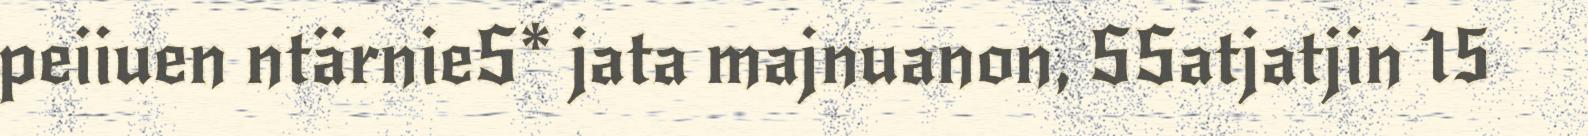
peiiuen ntärnieS* jata majnuanon, SSatjatjin 15